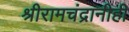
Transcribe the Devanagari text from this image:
श्रीरामचंद्रानीही